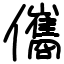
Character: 儶